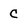
Character: C